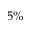
5 \%